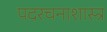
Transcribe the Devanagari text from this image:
पदरचनाशास्त्र